Report of an investigation into the causes of malaria in Bombay and the measures necessary for its control
Disease focus: Malaria
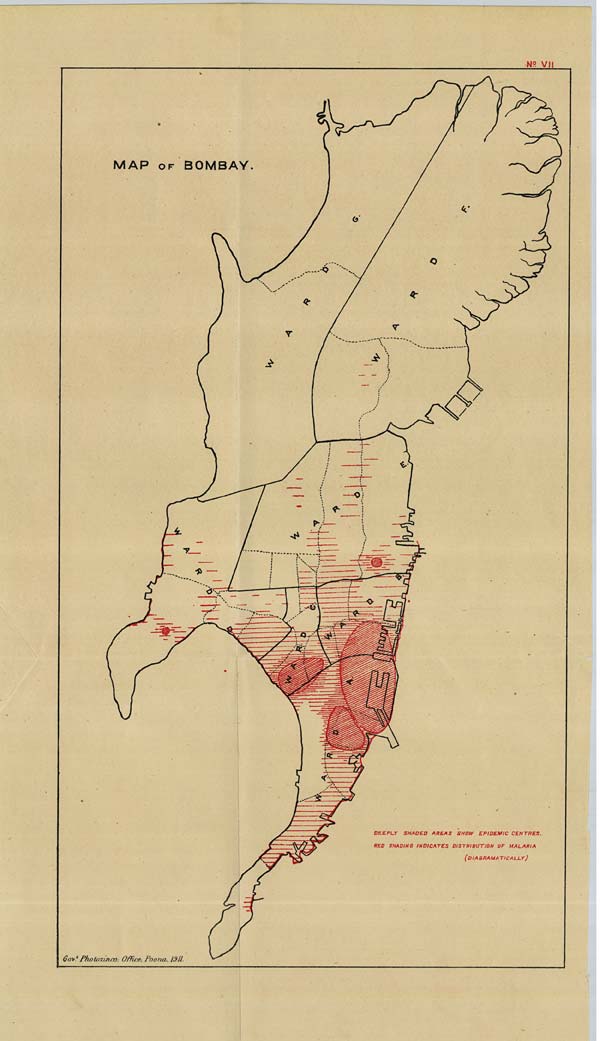
No: VII
Govt. Photozinco: Office, Poona. 1911.